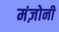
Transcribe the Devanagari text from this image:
मंज़ोनी